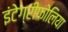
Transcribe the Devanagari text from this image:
इंटेग्रीफोलिया